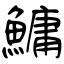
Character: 鱅